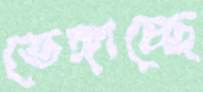
ভেঙ্গাচ্ছে